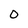
Character: O